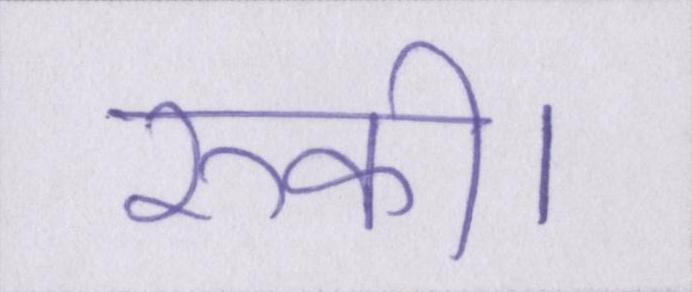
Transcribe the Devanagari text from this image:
रुकी।